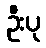
ဦးပု